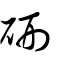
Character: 硎